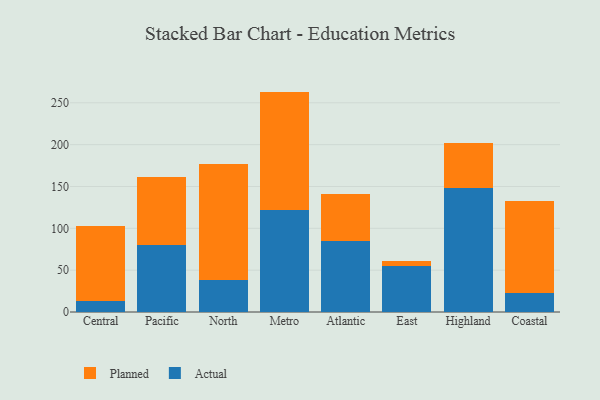
{"axis": {"x": "Region", "y": "LTV (USD)"}, "legend": ["Actual", "Planned"], "data": [{"x": "Central", "y": 13.7, "type": "Actual"}, {"x": "Central", "y": 88.9, "type": "Planned"}, {"x": "Pacific", "y": 79.7, "type": "Actual"}, {"x": "Pacific", "y": 81.6, "type": "Planned"}, {"x": "North", "y": 38.8, "type": "Actual"}, {"x": "North", "y": 138.6, "type": "Planned"}, {"x": "Metro", "y": 121.6, "type": "Actual"}, {"x": "Metro", "y": 141.8, "type": "Planned"}, {"x": "Atlantic", "y": 85.2, "type": "Actual"}, {"x": "Atlantic", "y": 55.9, "type": "Planned"}, {"x": "East", "y": 55.5, "type": "Actual"}, {"x": "East", "y": 5.5, "type": "Planned"}, {"x": "Highland", "y": 148.5, "type": "Actual"}, {"x": "Highland", "y": 53.3, "type": "Planned"}, {"x": "Coastal", "y": 22.4, "type": "Actual"}, {"x": "Coastal", "y": 109.8, "type": "Planned"}]}